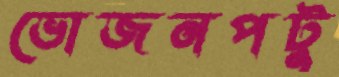
ভোজনপটু